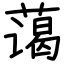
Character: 蔼